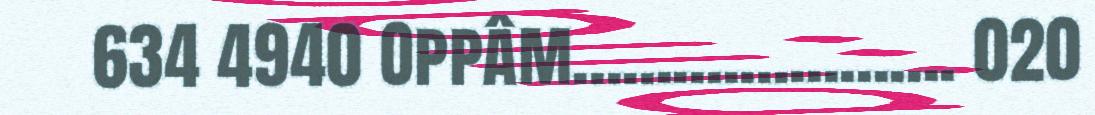
634 4940 Oppâm....................... 020